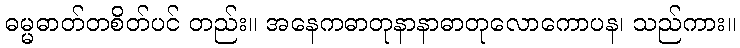
ဓမ္မဓာတ်တစိတ်ပင် တည်း။ အနေကဓာတုနာနာဓာတုလောကောပန၊ သည်ကား။